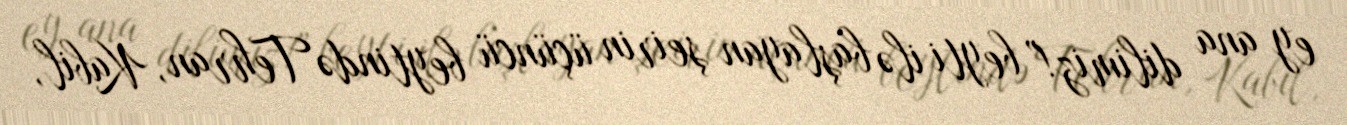
ey ana dilimiz!” beyti ilə başlayan şeirin üçüncü beytində Tehran, Kabil,